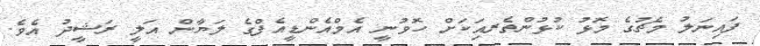
ފައިނަލު މެޗުގެ މޮޅު ކުޅުންތެރއިަކަށް ހޮވުނީ އެމްއެންޑީއެފްގެ ލަޔާން އަލީ ރަޝީދު އެވެ.